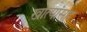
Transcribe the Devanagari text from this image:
खात्यांसह